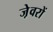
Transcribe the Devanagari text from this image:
जे़वरों